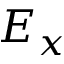
E _ { x }